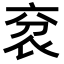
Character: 𧘠